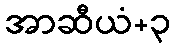
အာဆီယံ+၃